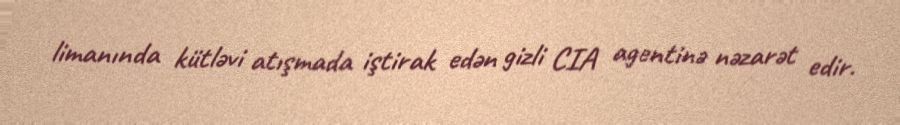
limanında kütləvi atışmada iştirak edən gizli CIA agentinə nəzarət edir.